Annual report on the Civil Veterinary Department, Burma (including the Insein Veterinary School) - 1910-1922
Year: 1910
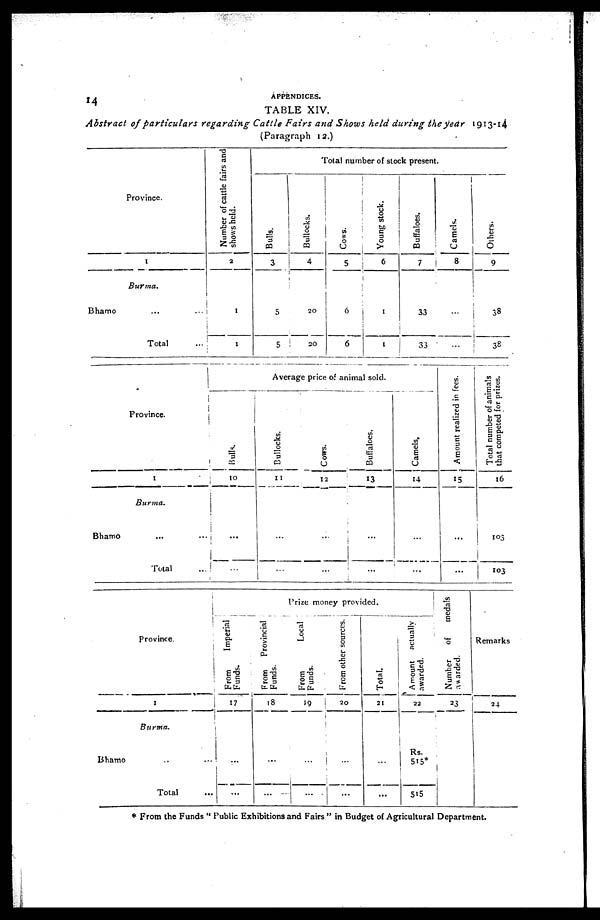
14 -
APPENDICES.
TABLE XIV.
Abstract of particulars
regarding Cattle Fairs and Shows held during the year 1913-14
(Paragraph 12.)
Province,
1
Burma.
Bhamo ... ...
Total ...
Number of cattle fairs and
shows held.
2
3
3
Total number of stock present.
Bulls.
3
5
5
Bullocks.
4
20
20
Cows.
5
6
6
Young stock.
6
1
1
Buffaloes.
7
33
33
Camels.
8
...
...
Others.
9
38
38
Province.
1
Burma.
Bhamo......
Total
...
Average price of animal sold.
Bulls.
10
...
...
Bullocks.
11
...
...
Cows.
12
...
...
Buffaloes.
13
...
...
Camels,
14
...
...
Amount realized in fees.
15
...
...
Total number of animals
that competed for prizes.
16
103
103
1
Burma.
Bhamo...
...
Total ...
Prize money provided.
From
Imperial
Funds.
17
...
...
From
Provincial
Funds.
18
...
...
From
Local
Funds.
19
...
...
From other sources.
20
...
...
Total.
21
...
...
Amount actually
awarded.
22
Rs.
515*
515
Number
of
medals
awarded.
23
Remarks
24
* From the Funds " Public Exhibitions and Fairs " in Budget of Agricultural Department.